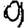
Digit: 9